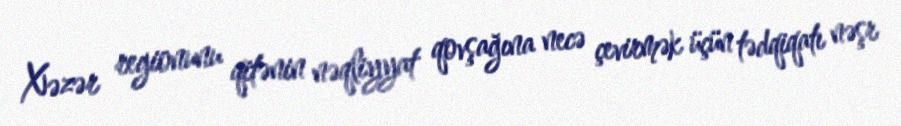
Xəzər regionunu qitənin nəqliyyat qovşağına necə çevirmək üçün tədqiqatı nəşr